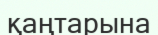
қаңтарына